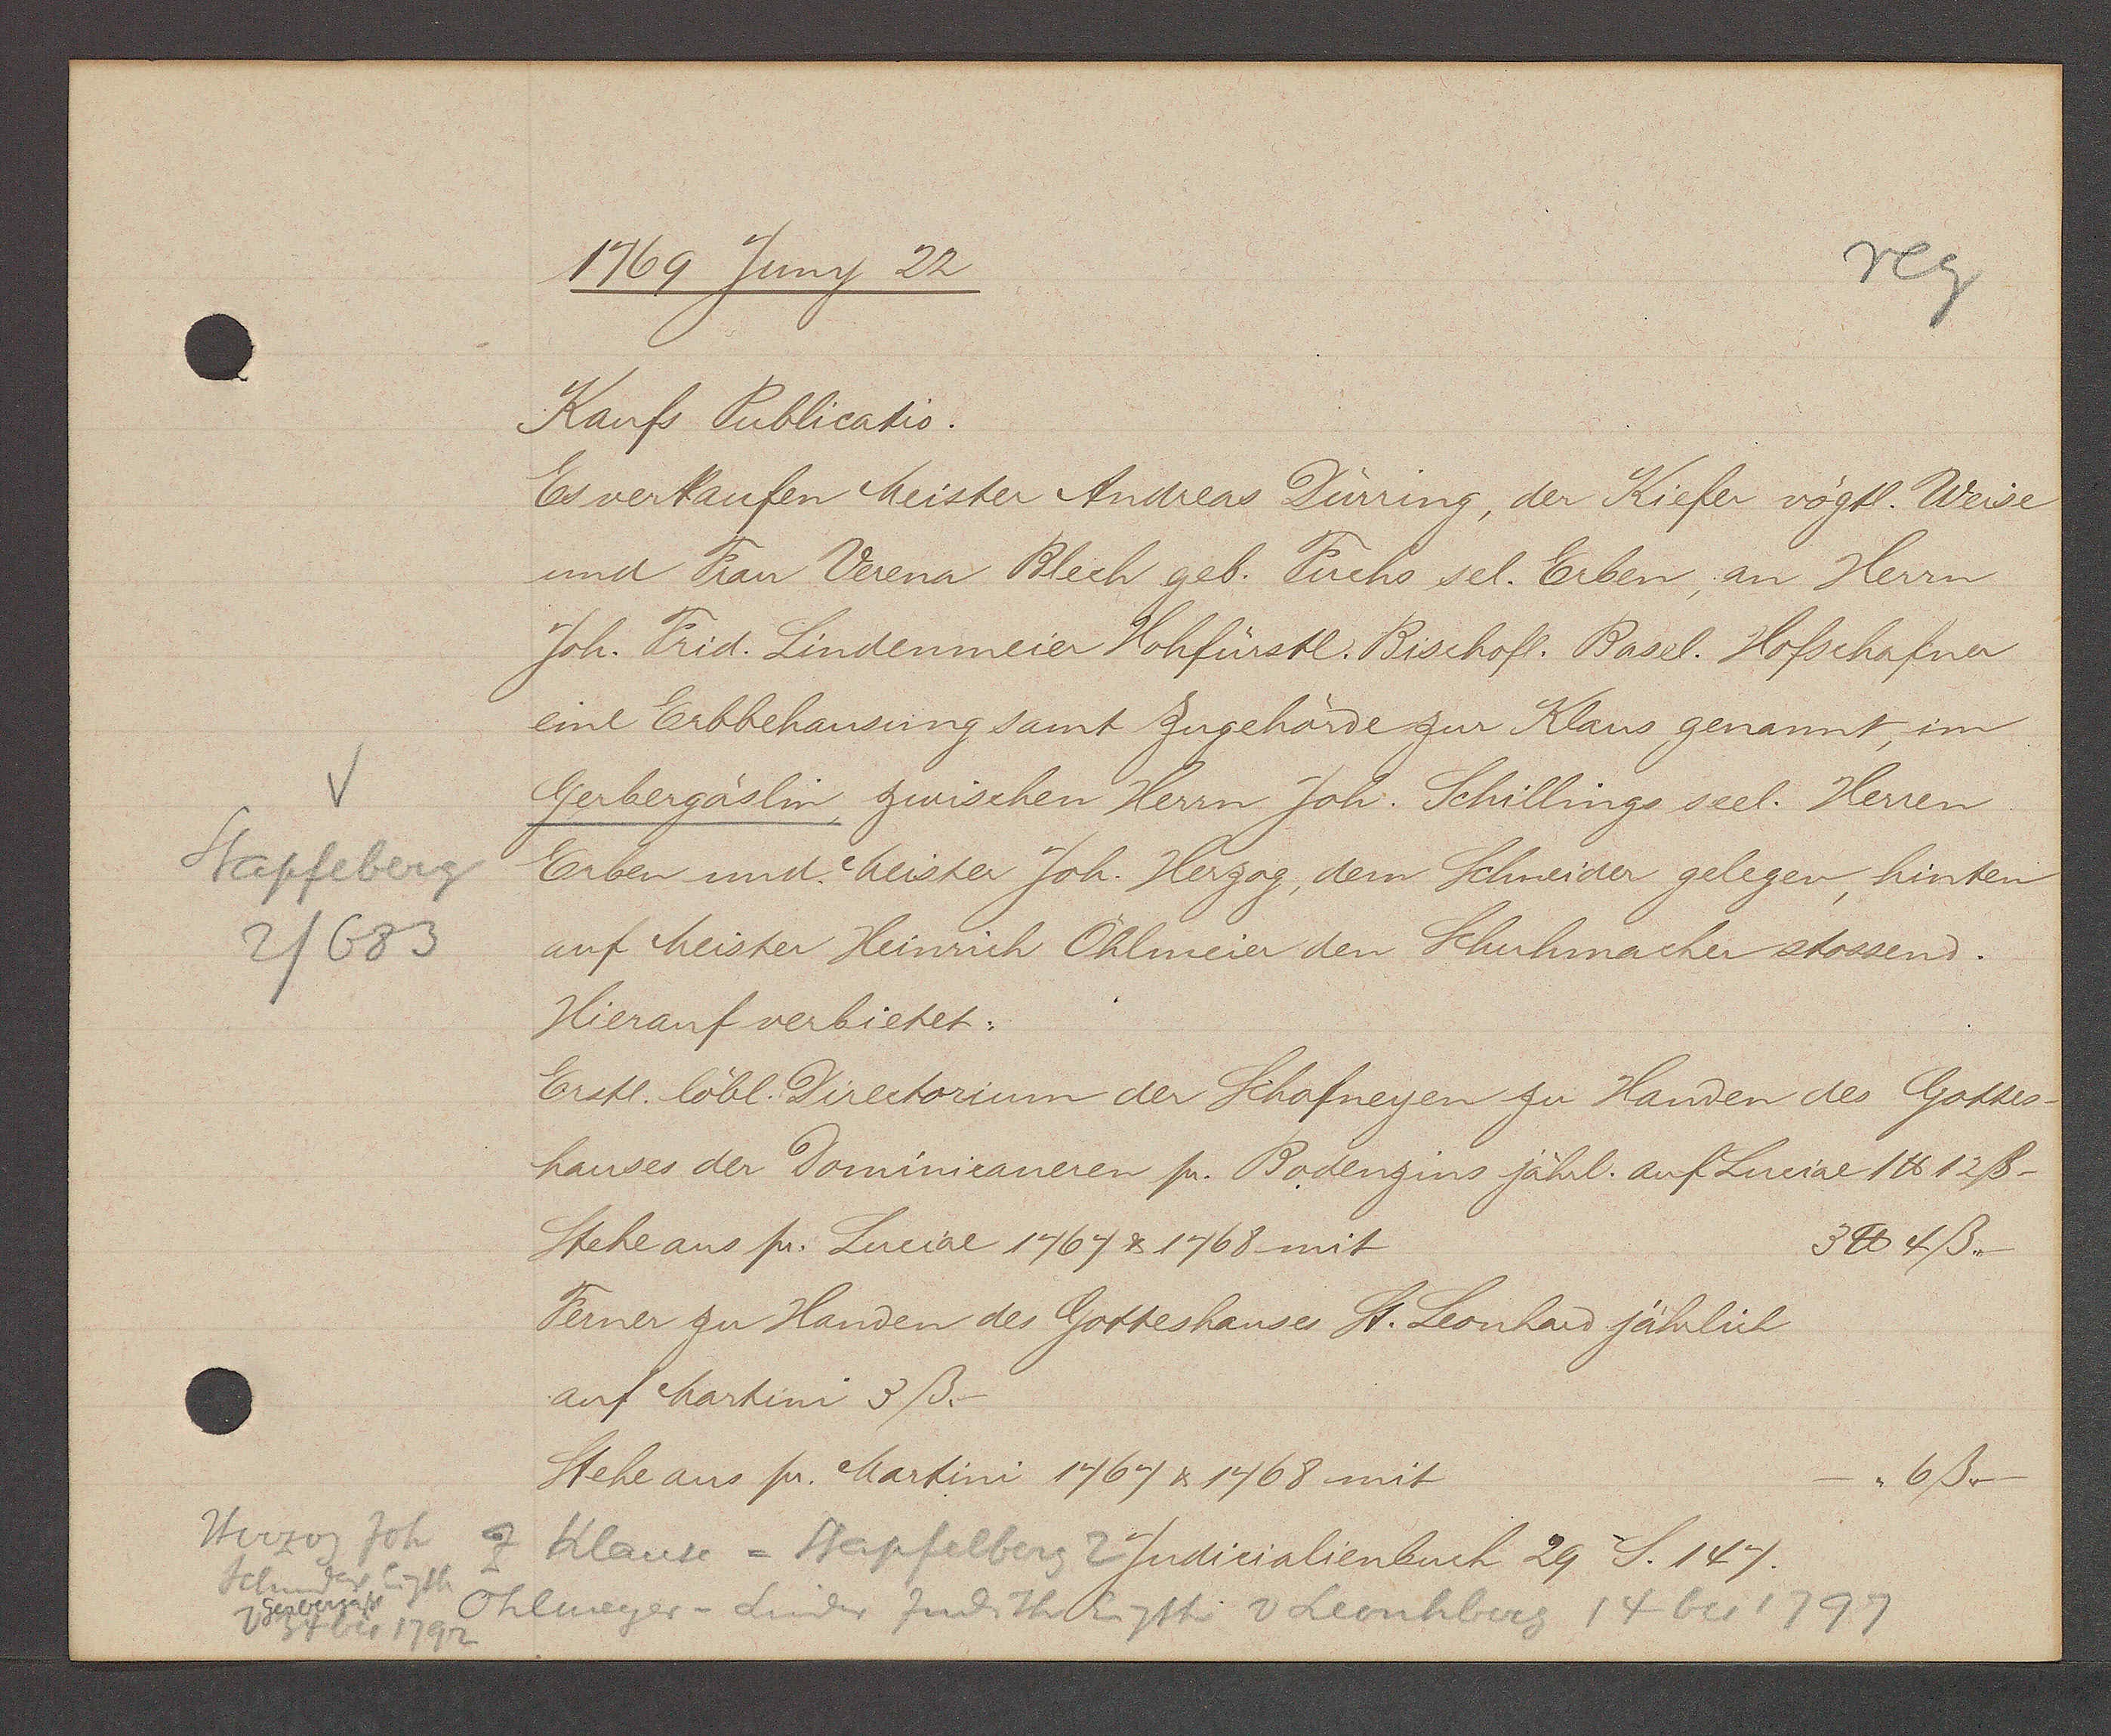
Transcript:
Herzog Joh
Schmieder
Eigth
Gerbergasse
io 1792
Ohlmeyer-Snider Judith Eigth v Leonhberg 14 bis 1797
Klause = Stapfelberg 2

V
Stapfeberg
2/683

1769 Juny 22

Kaufs Publicatio.
Es verkaufen Meister Andreas Dürring, der Kiefer vogtl. Weise
und Frau Verena Blech geb. Fuchs sel. Erben, an Herrn
Joh. Frid. Lindenmeier Hohfürstl. Bischofl. Basel. Hofschafner
eine Erbbehausung samt Zugehörde zur Klaus genannt, im
Gerbergäslin, zwischen Herrn Joh. Schillings seel. Herren
Erben und heister Joh. Herzog, dem Schneider gelegen, hinten
auf Meister Heinrich Öhlmeier den Schuhmacher stossend.
Hierauf verbietet:
Erstl. löbl. Directorium der Schafneyen zu Handen des Gottes¬
hauses der Dominicaneren pn. Bodenzins jährl. auf Luciae 1℔ 12ß-
3 ℔ 4ß.
Stehe ans pr. Luciae 1764 & 1768 mit
Ferner zu Handen des Gotteshauses St. Leonhard jährlich
auf Martini 3ß.
Stehe aus pr. Martini 1764 & 1768 mit
6ß.--

Judicialienbuch 29 S. 147.